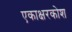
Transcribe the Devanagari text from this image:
एकाक्षरकोश